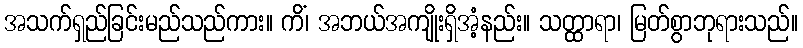
အသက်ရှည်ခြင်းမည်သည်ကား။ ကိံ၊ အဘယ်အကျိုးရှိအံ့နည်း။ သတ္ထာရာ၊ မြတ်စွာဘုရားသည်။